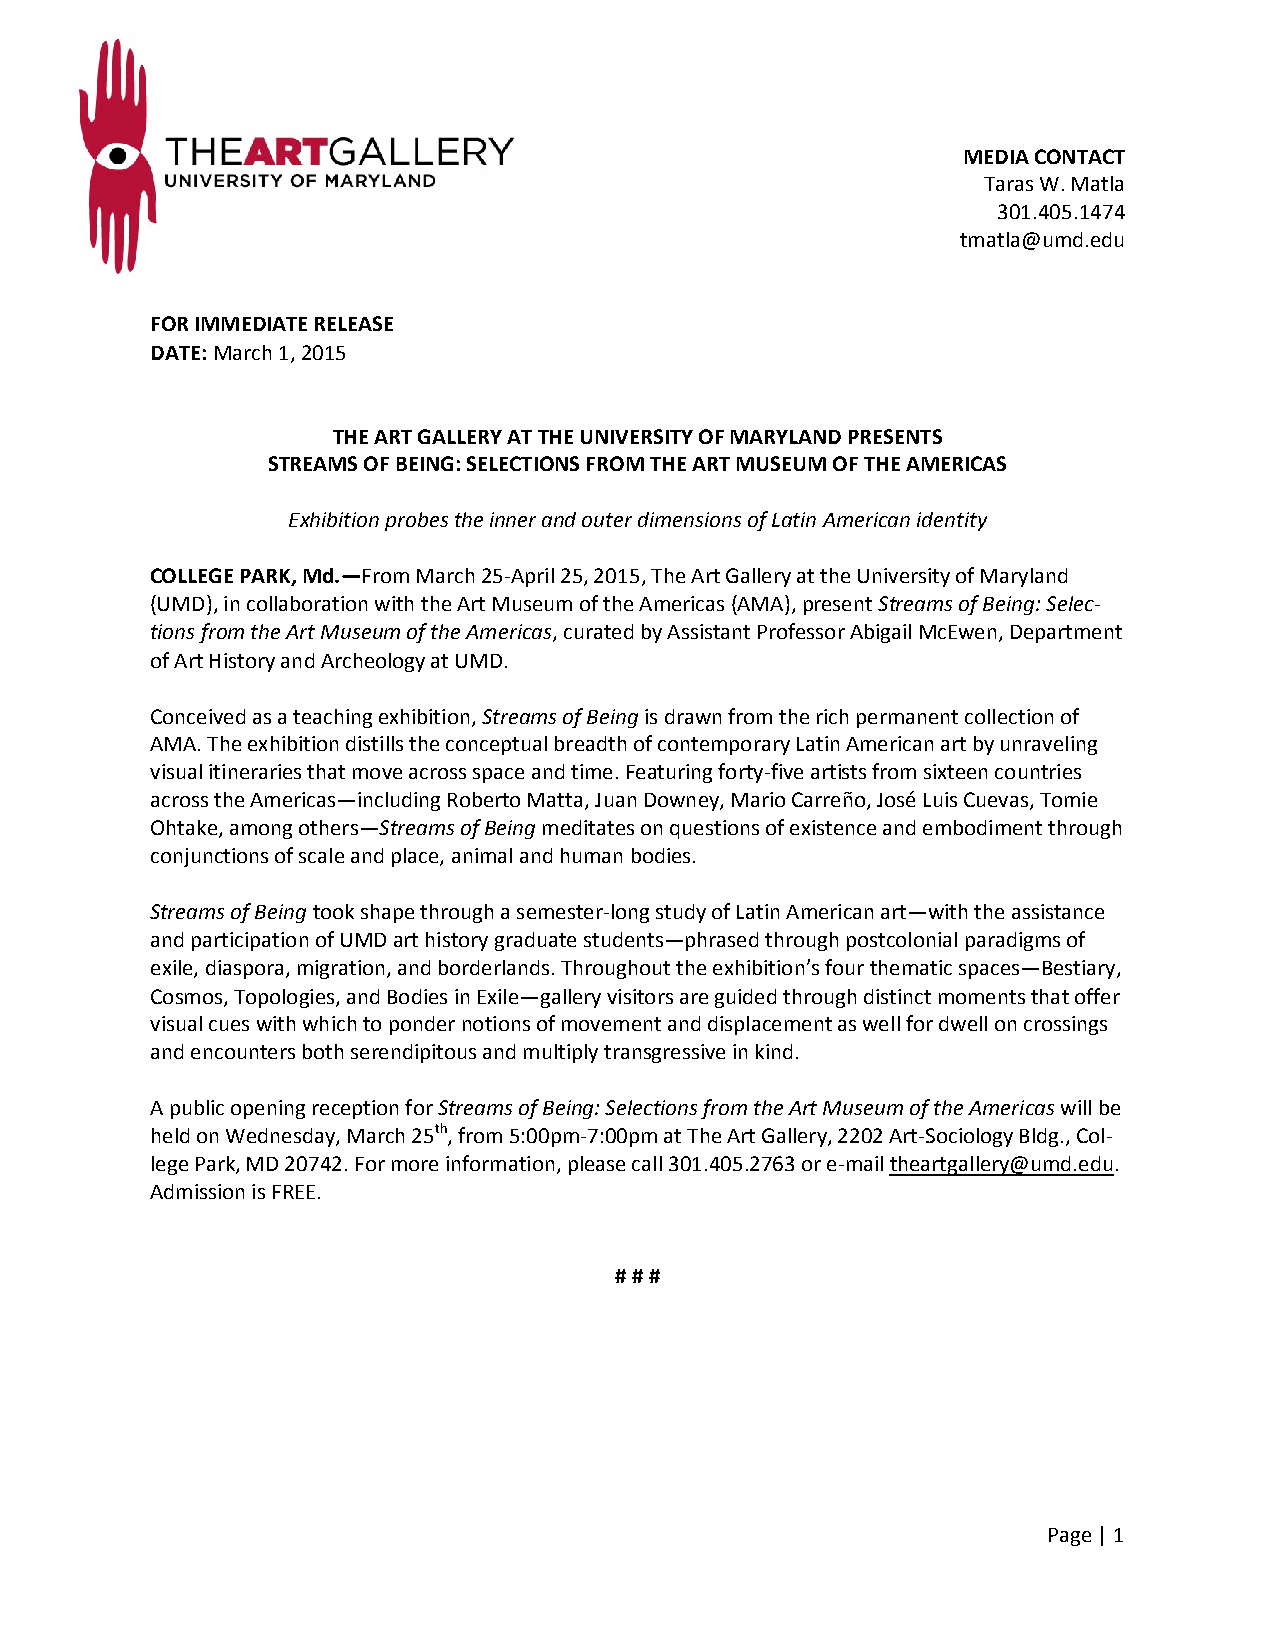
FOR IMMEDIATE RELEASE
 DATE: January 2, 2013
 MEDIA CONTACT
 Taras W. Matla
 301.405.1474
 tmatla@umd.edu
 FOR IMMEDIATE RELEASE
 DATE: March 1, 2015
 THE ART GALLERY AT THE UNIVERSITY OF MARYLAND PRESENTS
 STREAMS OF BEING: SELECTIONS FROM THE ART MUSEUM OF THE AMERICAS
 Exhibition probes the inner and outer dimensions of Latin American identity
 COLLEGE PARK, Md.—From March 25-April 25, 2015, The Art Gallery at the University of Maryland
 (UMD), in collaboration with the Art Museum of the Americas (AMA), present Streams of Being: Selec-
 tions from the Art Museum of the Americas, curated by Assistant Professor Abigail McEwen, Department
 of Art History and Archeology at UMD.
 Conceived as a teaching exhibition, Streams of Being is drawn from the rich permanent collection of
 AMA. The exhibition distills the conceptual breadth of contemporary Latin American art by unraveling
 visual itineraries that move across space and time. Featuring forty-five artists from sixteen countries
 across the Americas—including Roberto Matta, Juan Downey, Mario Carreño, José Luis Cuevas, Tomie
 Ohtake, among others—Streams of Being meditates on questions of existence and embodiment through
 conjunctions of scale and place, animal and human bodies.
 Streams of Being took shape through a semester-long study of Latin American art—with the assistance
 and participation of UMD art history graduate students—phrased through postcolonial paradigms of
 exile, diaspora, migration, and borderlands. Throughout the exhibition’s four thematic spaces—Bestiary,
 Cosmos, Topologies, and Bodies in Exile—gallery visitors are guided through distinct moments that offer
 visual cues with which to ponder notions of movement and displacement as well for dwell on crossings
 and encounters both serendipitous and multiply transgressive in kind.
 A public opening reception for Streams of Being: Selections from the Art Museum of the Americas will be
 held on Wednesday, March 25th, from 5:00pm-7:00pm at The Art Gallery, 2202 Art-Sociology Bldg., Col-
 lege Park, MD 20742. For more information, please call 301.405.2763 or e-mail theartgallery@umd.edu.
 Admission is FREE.
 # # #
 Page | 1